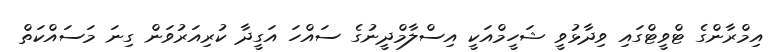
އިމްރާންގެ ޓްވީޓްގައި ވިދާޅުވީ ޝަހީމްއަކީ އިސްލާމްދީނުގެ ސައްހަ އަގީދާ ކުރިއަރުވަން ގިނަ މަސައްކަތް